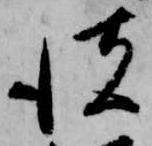
彼